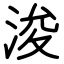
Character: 浚